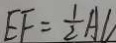
E F = \frac { 1 } { 2 } A C